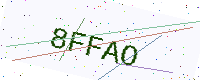
Text: 8FFAO